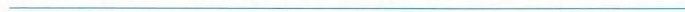
___